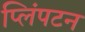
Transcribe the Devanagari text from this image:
प्लिंपटन